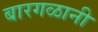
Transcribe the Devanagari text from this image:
बारगळानी